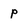
Character: p